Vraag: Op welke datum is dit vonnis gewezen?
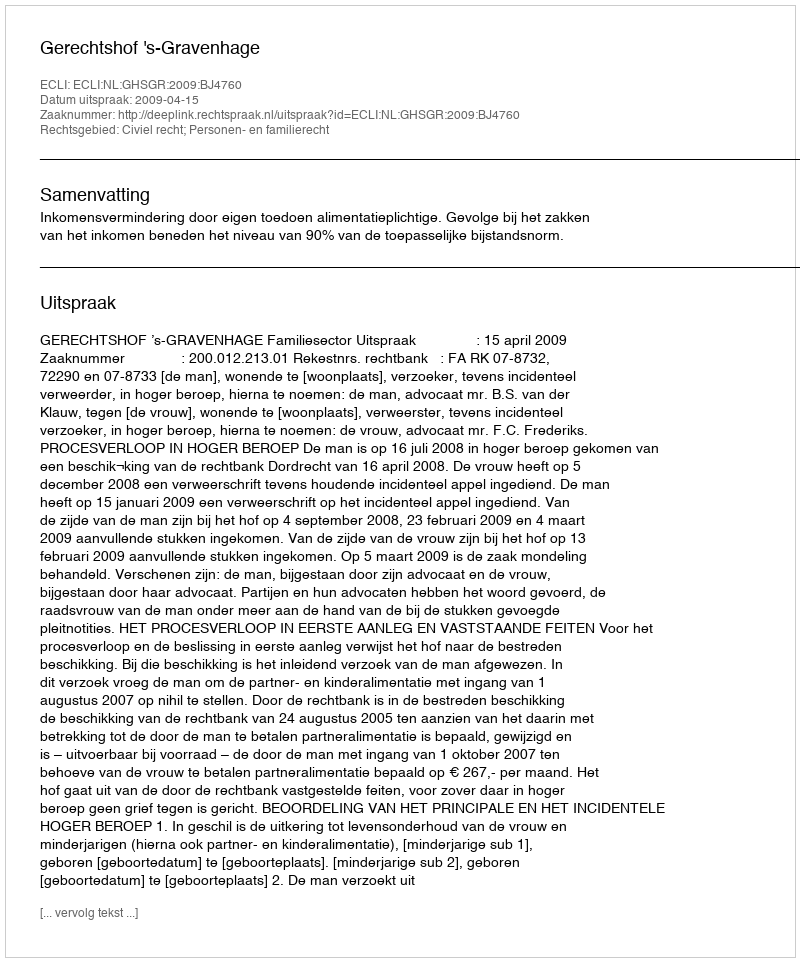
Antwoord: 2009-04-15